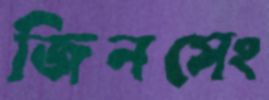
জিনসেং